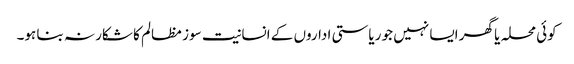
کوئی محلہ یا گھر ایسا نہیں جو ریاستی اداروں کے انسانیت سوز مظالم کا شکار نہ بنا ہو۔